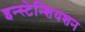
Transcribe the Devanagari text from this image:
इन्स्टेन्शियशन